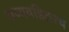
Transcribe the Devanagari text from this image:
अव्यवहितत्व